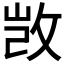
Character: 𮲔